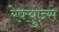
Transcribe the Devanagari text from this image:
रेफ्युज्स